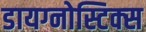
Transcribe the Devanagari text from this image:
डायग्‍नोस्टिक्‍स